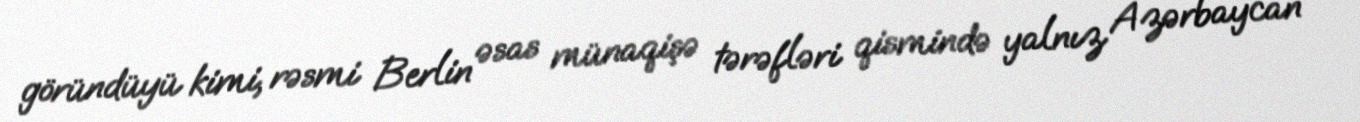
göründüyü kimi, rəsmi Berlin əsas münaqişə tərəfləri qismində yalnız Azərbaycan